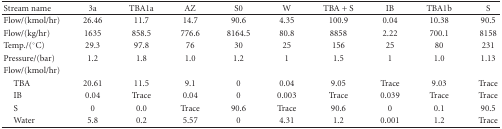
<table><thead><tr><td><b>Stream name</b></td><td><b>3a</b></td><td><b>TBA1a</b></td><td><b>AZ</b></td><td><b>S0</b></td><td><b>W</b></td><td><b>TBA + S</b></td><td><b>IB</b></td><td><b>TBA1b</b></td><td><b>S</b></td></tr></thead><tbody><tr><td>Flow/(kmol/hr)</td><td>26.46</td><td>11.7</td><td>14.7</td><td>90.6</td><td>4.35</td><td>100.9</td><td>0.04</td><td>10.38</td><td>90.5</td></tr><tr><td>Flow/(kg/hr)</td><td>1635</td><td>858.5</td><td>776.6</td><td>8164.5</td><td>80.8</td><td>8858</td><td>2.22</td><td>700.1</td><td>8158</td></tr><tr><td>Temp./(°C)</td><td>29.3</td><td>97.8</td><td>76</td><td>30</td><td>25</td><td>156</td><td>25</td><td>80</td><td>231</td></tr><tr><td>Pressure/(bar)</td><td>1.2</td><td>1.8</td><td>1.0</td><td>1.2</td><td>1</td><td>1.5</td><td>1</td><td>1.0</td><td>1.13</td></tr><tr><td>Flow/(kmol/hr)</td><td> </td><td> </td><td> </td><td> </td><td> </td><td> </td><td> </td><td> </td><td> </td></tr><tr><td> TBA</td><td>20.61</td><td>11.5</td><td>9.1</td><td>0</td><td>0.04</td><td>9.05</td><td>Trace</td><td>9.03</td><td>Trace</td></tr><tr><td> IB</td><td>0.04</td><td>Trace</td><td>0.04</td><td>0</td><td>0.003</td><td>Trace</td><td>0.039</td><td>Trace</td><td>Trace</td></tr><tr><td> S</td><td>0</td><td>0.0</td><td>Trace</td><td>90.6</td><td>Trace</td><td>90.6</td><td>0</td><td>0.1</td><td>90.5</td></tr><tr><td> Water</td><td>5.8</td><td>0.2</td><td>5.57</td><td>0</td><td>4.31</td><td>1.2</td><td>0.001</td><td>1.2</td><td>Trace</td></tr></tbody></table>